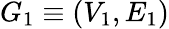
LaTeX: G_{1}\equiv(V_{1},E_{1})